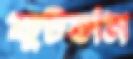
ফুটতাম